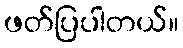
ဖတ်ပြပါတယ်။